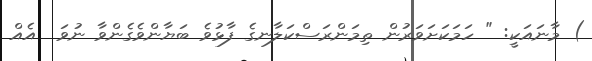
) މާނައަކީ: " ހަމަކަށަވަރުން ތިމަންރަސްކަލާނގެ ފާޅުވެ ބަޔާންވެގެންވާ ނުވަ  އެއް